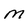
Character: M